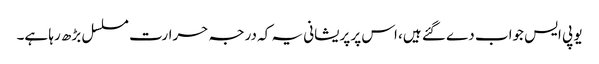
یو پی ایس جواب دے گئے ہیں، اس پر پریشانی یہ کہ درجہ حرارت مسلسل بڑھ رہا ہے۔